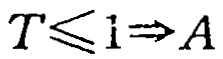
$T\leqslant \mathrm{i}\Rightarrow A$